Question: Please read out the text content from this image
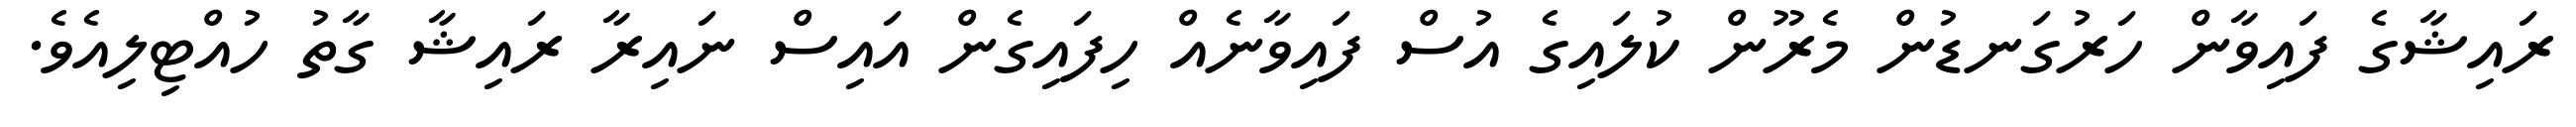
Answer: ރައިޝާގެ ފައިވާން ހަރުގަނޑުން މެރޫން ކުލައިގެ އުސް ފައިވާނެއް ހިފައިގެން އައިސް ނައިރާ ރައިޝާ ގާތު ހުއްޓިލިއެވެ.